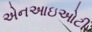
એનઆઇઓટી